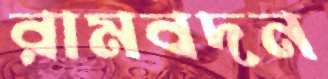
রামবদন